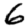
Digit: 6